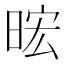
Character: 𪰧